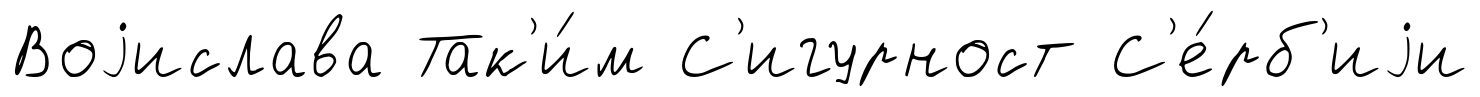
Воjислава Так'и́м С'игурност С'е́рб'иjи